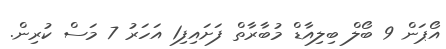
އޯޕަން 9 ބޯލް ބިލިއާޑް މުބާރާތް ފަށައިފި1 އަހަރު 7 މަސް ކުރިން.